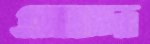
আদ